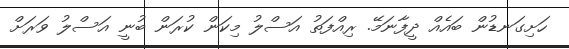
ހަށިގަނޑުން ބައެއް ދީފާނަަމޭ. ރިއްފަތު އަސްލު މިކަން ކުރަން ބުނީ އަސްލު ވަރަށް